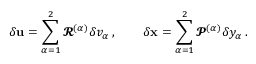
\delta { \mathbf { u } } = \sum _ { \alpha = 1 } ^ { 2 } \mathbfcal { R } ^ { ( \alpha ) } \delta v _ { \alpha } \, , \qquad \delta { \mathbf { x } } = \sum _ { \alpha = 1 } ^ { 2 } \mathbfcal { P } ^ { ( \alpha ) } \delta y _ { \alpha } \, .